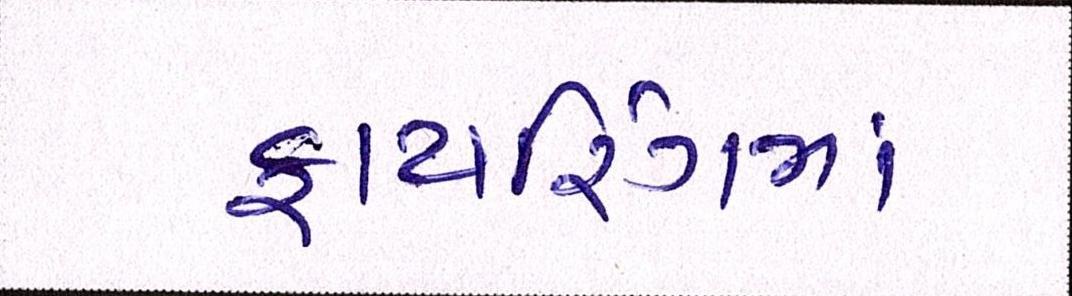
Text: ફાયરિંગમાં